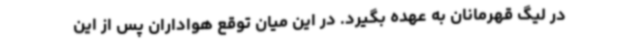
در لیگ قهرمانان به عهده بگیرد. در این میان توقع هواداران پس از این